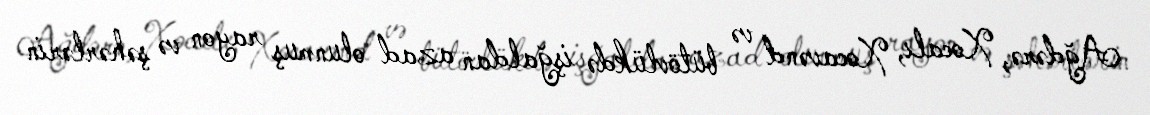
Ağdərə, Xocalı, Xocavənd və bütövlükdə işğaldan azad olunmuş rayon və şəhərlərin